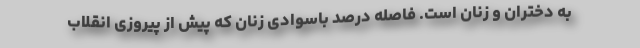
به دختران و زنان است. فاصله درصد باسوادی زنان که پیش از پیروزی انقلاب